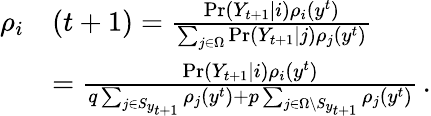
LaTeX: \begin{array}{rl}{\rho_{i}}&{(t+1)=\frac{\operatorname*{Pr}(Y_{t+1}\mid i)\rho_{i}(y^{t})}{\sum_{j\in\Omega}\operatorname*{Pr}(Y_{t+1}\mid j)\rho_{j}(y^{t})}}\\ &{=\frac{\operatorname*{Pr}(Y_{t+1}\mid i)\rho_{i}(y^{t})}{q\sum_{j\in S_{y_{t+1}}}\rho_{j}(y^{t})+p\sum_{j\in\Omega\setminus S_{y_{t+1}}}\rho_{j}(y^{t})}\, .}\end{array}